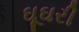
ઘૂઘરી